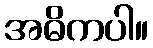
အဓိကပါ။